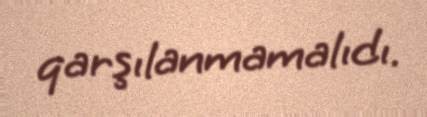
qarşılanmamalıdı.